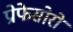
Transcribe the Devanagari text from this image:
प्रोफेसोरों